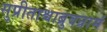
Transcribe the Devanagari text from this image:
सुप्रीताश्चाब्रुवन्रामं